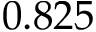
0 . 8 2 5